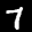
Label: 7